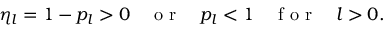
\eta _ { l } = 1 - p _ { l } > 0 \quad \mathrm { ~ o ~ r ~ } \quad p _ { l } < 1 \quad \mathrm { ~ f ~ o ~ r ~ } \quad l > 0 .